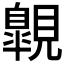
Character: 𧢌